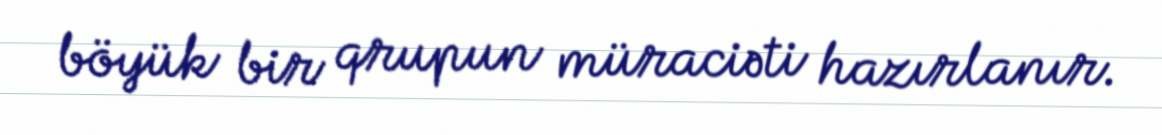
böyük bir qrupun müraciəti hazırlanır.